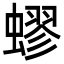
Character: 蟉